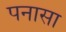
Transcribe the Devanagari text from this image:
पनासा